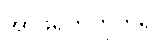
အာဖရိကတိုက်ရှိ